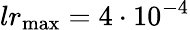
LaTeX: lr_{\mathrm{max}}=4\cdot 10^{-4}